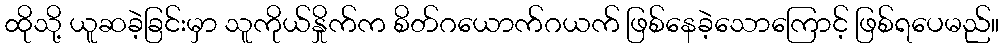
ထိုသို့ ယူဆခဲ့ခြင်းမှာ သူကိုယ်နှိုက်က စိတ်ဂယောက်ဂယက် ဖြစ်နေခဲ့သောကြောင့် ဖြစ်ရပေမည်။